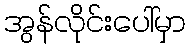
အွန်လိုင်းပေါ်မှာ